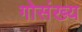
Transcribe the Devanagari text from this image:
गोसंख्य